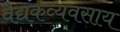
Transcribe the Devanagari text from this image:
वैद्यकव्यवसाय